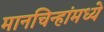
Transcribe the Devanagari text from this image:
मानचिन्हांमध्ये